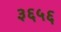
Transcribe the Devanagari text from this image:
३६५६